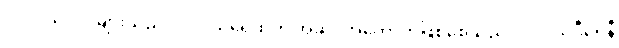
ပင်လယ်လိပ်များသည် ပင်လယ်ရေထုကို အဆိပ်အတောက်ဖြစ်စေသည့် ပင်လယ်ဒီရေနီ